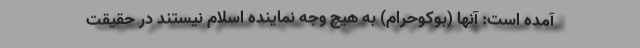
آمده است: آنها (بوکوحرام) به هیچ وجه نماینده اسلام نیستند در حقیقت